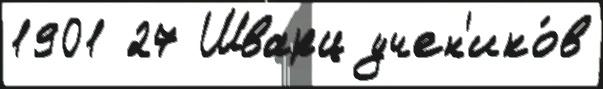
1901 27 Шварц учен'ико́в